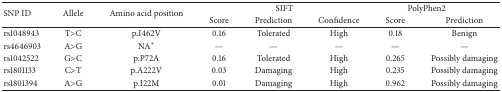
| <ROWSPAN=2> SNP ID | <ROWSPAN=2> Allele | <ROWSPAN=2> Amino acid position | <COLSPAN=3> SIFT | <COLSPAN=2> PolyPhen2 |
 | Score | Prediction | Confidence | Score | Prediction |
 | --- | --- | --- | --- | --- | --- | --- | --- |
 | rs1048943 | T>C | p.I462V | 0.16 | Tolerated | High | 0.18 | Benign |
 | rs4646903 | A>G | NA∗ | — | — | — | — | — |
 | rs1042522 | G>C | p.P72A | 0.16 | Tolerated | High | 0.265 | Possibly damaging |
 | rs1801133 | C>T | p.A222V | 0.03 | Damaging | High | 0.235 | Possibly damaging |
 | rs1801394 | A>G | p.I22M | 0.01 | Damaging | High | 0.962 | Possibly damaging |